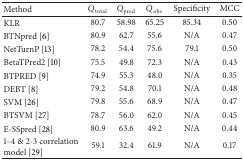
| Method | Qtotal | Qpred | Qobs | Specificity | MCC |
 | --- | --- | --- | --- | --- | --- |
 | KLR | 80.7 | 58.98 | 65.25 | 85.34 | 0.50 |
 | BTNpred [6] | 80.9 | 62.7 | 55.6 | N/A | 0.47 |
 | NetTurnP [13] | 78.2 | 54.4 | 75.6 | 79.1 | 0.50 |
 | BetaTPred2 [10] | 75.5 | 49.8 | 72.3 | N/A | 0.43 |
 | BTPRED [9] | 74.9 | 55.3 | 48.0 | N/A | 0.35 |
 | DEBT [8] | 79.2 | 54.8 | 70.1 | N/A | 0.48 |
 | SVM [26] | 79.8 | 55.6 | 68.9 | N/A | 0.47 |
 | BTSVM [27] | 78.7 | 56.0 | 62.0 | N/A | 0.45 |
 | E-SSpred [28] | 80.9 | 63.6 | 49.2 | N/A | 0.44 |
 | 1–4 & 2-3 correlation model [29] | 59.1 | 32.4 | 61.9 | N/A | 0.17 |